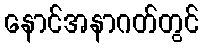
နောင်အနာဂတ်တွင်